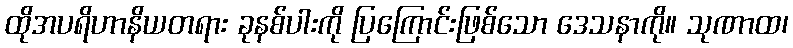
ထိုအပရိဟာနိယတရား ခုနစ်ပါးကို ပြကြောင်းဖြစ်သော ဒေသနာကို။ သုဏာထ၊